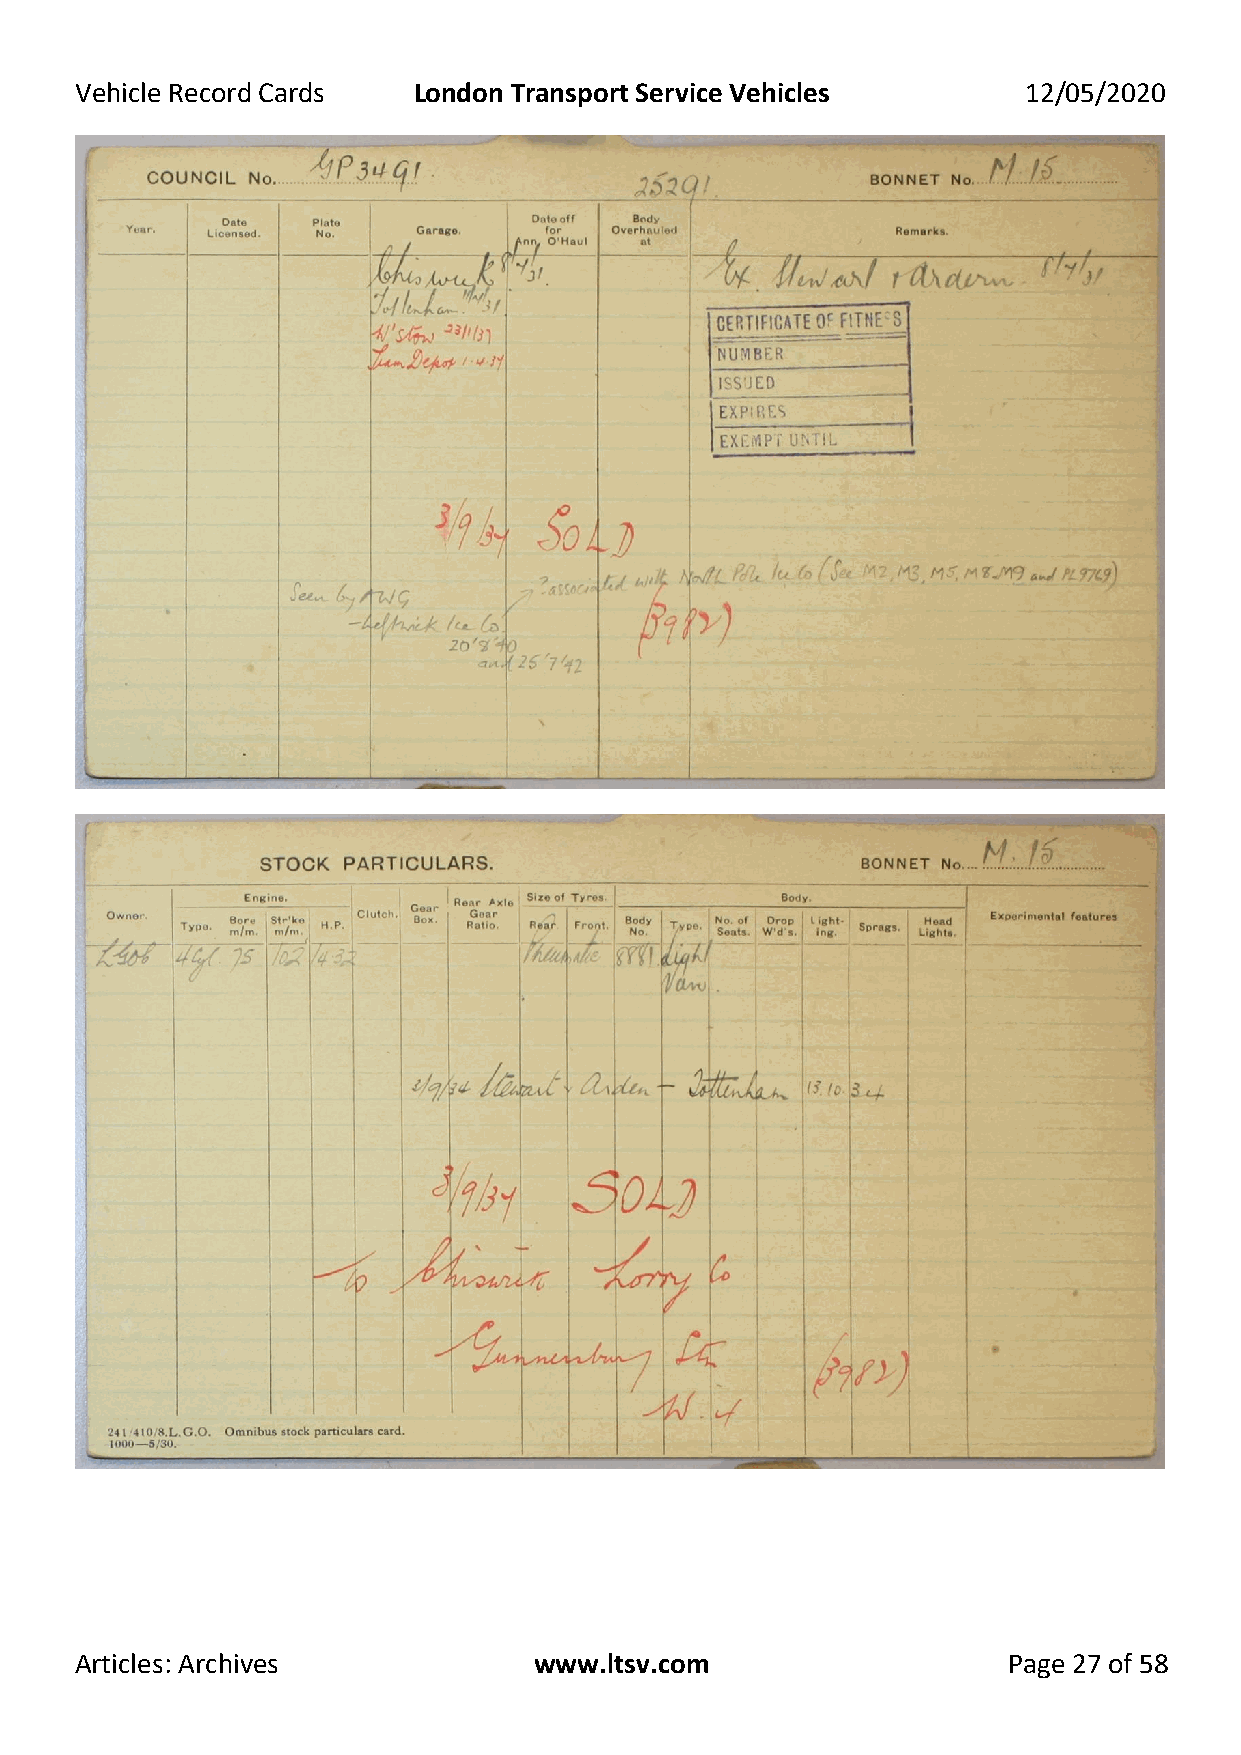
Vehicle Record Cards  London Transport Service Vehicles        12/05/2020
 Articles: Archives            www.ltsv.com                    Page 27 of 58